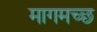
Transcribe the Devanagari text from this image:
मागमच्छ